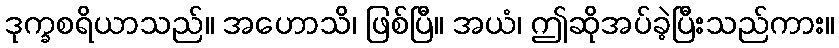
ဒုက္ခစရိယာသည်။ အဟောသိ၊ ဖြစ်ပြီ။ အယံ၊ ဤဆိုအပ်ခဲ့ပြီးသည်ကား။